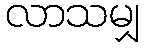
လာသမျှ